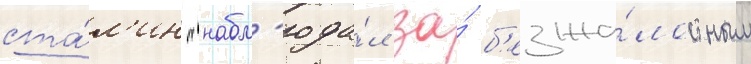
ста́л'ин "набл'юда́л за́ б'езжа́лостным